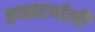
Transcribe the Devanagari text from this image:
एक्स्टर्नली